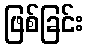
ဖြစ်ခြင်း